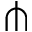
\pitchfork